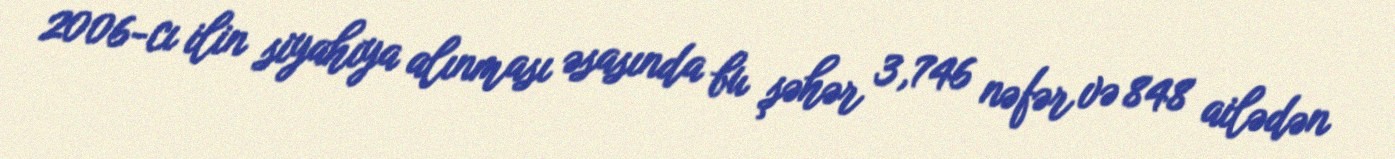
2006-cı ilin siyahıya alınması əsasında bu şəhər 3,746 nəfər və 848 ailədən